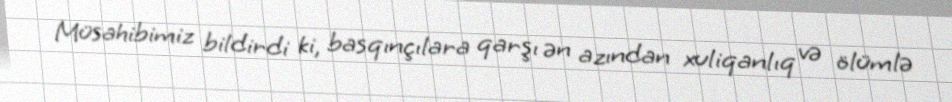
Müsahibimiz bildirdi ki, basqınçılara qarşı ən azından xuliqanlıq və ölümlə